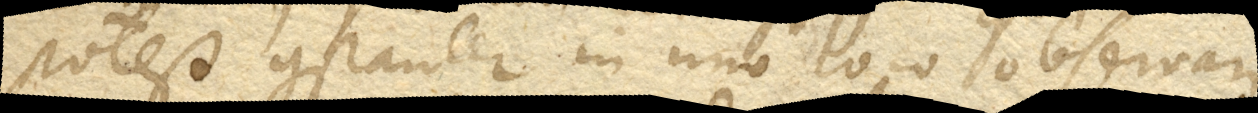
potest constanter in uno loco observari.